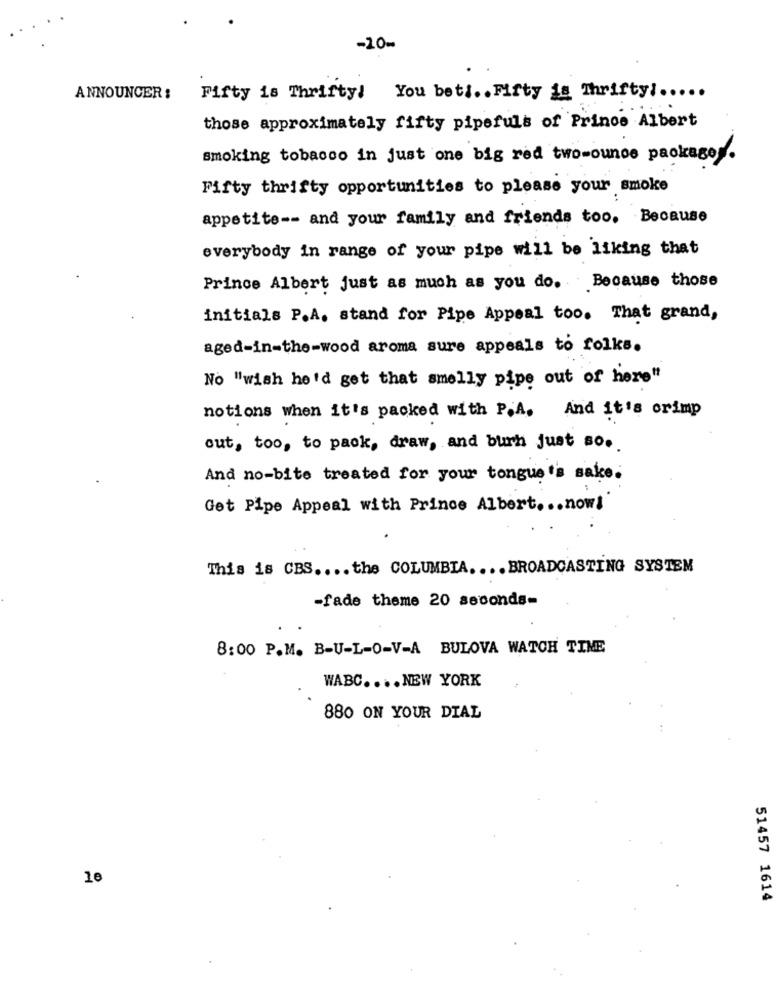
-10-
ANNOUNCER :
Fifty is Thrifty! You beti .. Fifty is Thrifty :.....
those approximately fifty pipefuls of Prince Albert
smoking tobacco in just one big red two-ounce package.
Fifty thrifty opportunities to please your smoke
appetite -- and your family and friends too. Because
everybody in range of your pipe will be liking that
Prince Albert just as much as you do. Because those
initials P.A. stand for Pipe Appeal too. That grand,
aged-in-the-wood aroma sure appeals to folks.
No "wish he'd get that smelly pipe out of here"
notions when it's packed with P.A. And it's crimp
out, too, to pack, draw, and burh just so ..
And no-bite treated for your tongue's sake.
Get Pipe Appeal with Prince Albert ... now!
This is CBS .... the COLUMBIA .... BROADCASTING SYSTEM
-fade theme 20 seconds-
8:00 P.M. B-U-L-O-V-A BULOVA WATCH TIME
WABC .... NEW YORK
880 ON YOUR DIAL
le
51457 1614